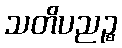
သတိပညဉ္စ